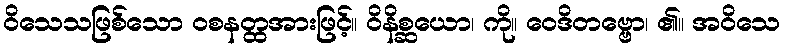
ဝိသေသဖြစ်သော ဝစနတ္ထအားဖြင့်။ ဝိနိစ္ဆယော၊ ကို။ ဝေဒိတဗ္ဗော၊ ၏။ အဝိသေ